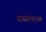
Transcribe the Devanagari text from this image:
सध्यांकाळ